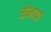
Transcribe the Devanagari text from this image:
जेनाग्रा